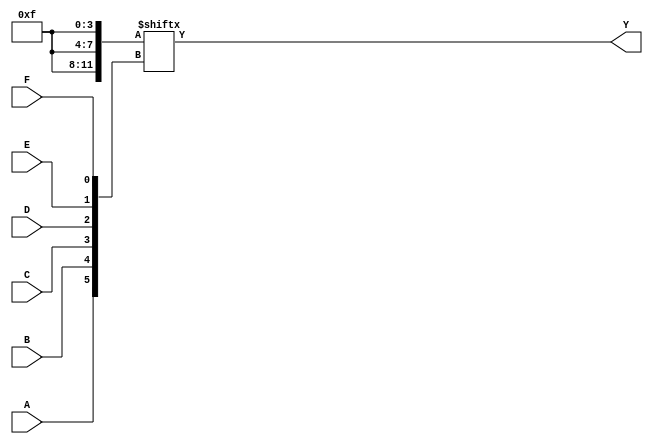
module KMap6Variable (
    input wire A,      // Input variable A
    input wire B,      // Input variable B
    input wire C,      // Input variable C
    input wire D,      // Input variable D
    input wire E,      // Input variable E
    input wire F,      // Input variable F
    output wire Y      // Output Boolean function
);

// Internal wire to represent the K-map
wire [63:0] kmap;

// Fill the K-map with minterms (1s) based on the desired Boolean function
// Example minterms: 0, 1, 2, 3, 8, 9, 10, 11, 16, 17, 18, 19, 24, 25, 26, 27
// This is just an example; you should replace these with your actual minterms.
assign kmap[0]   = 1'b1;  // A'B'C'D'E'F'
assign kmap[1]   = 1'b1;  // A'B'C'D'E'F
assign kmap[2]   = 1'b1;  // A'B'C'DE'F'
assign kmap[3]   = 1'b1;  // A'B'C'DE'F
assign kmap[8]   = 1'b1;  // A'B'C'DE F'
assign kmap[9]   = 1'b1;  // A'B'C'DE F
assign kmap[10]  = 1'b1;  // A'B'CDE'F'
assign kmap[11]  = 1'b1;  // A'B'CDE'F
assign kmap[16]  = 1'b1;  // A'BC'D'E'F'
assign kmap[17]  = 1'b1;  // A'BC'D'E'F
assign kmap[18]  = 1'b1;  // A'BC'DE'F'
assign kmap[19]  = 1'b1;  // A'BC'DE'F
assign kmap[24]  = 1'b1;  // AB'C'D'E'F'
assign kmap[25]  = 1'b1;  // AB'C'D'E'F
assign kmap[26]  = 1'b1;  // AB'C'DE'F'
assign kmap[27]  = 1'b1;  // AB'C'DE'F

// Output logic derived from K-map
assign Y = kmap[{A, B, C, D, E, F}]; // Access the K-map using the combined variable index

endmodule